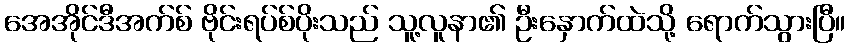
အေအိုင်ဒီအက်စ် ဗိုင်းရပ်စ်ပိုးသည် သူ့လူနာ၏ ဦးနှောက်ထဲသို့ ရောက်သွားပြီ။